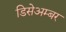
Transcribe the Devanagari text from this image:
डिसेअम्बर